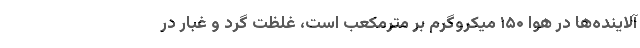
آلاینده‌ها در هوا ۱۵۰ میکروگرم بر مترمکعب است، غلظت گرد و غبار در